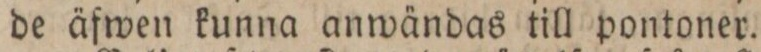
de äfwen kunna anwändas till pontoner.